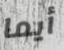
أيما